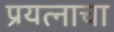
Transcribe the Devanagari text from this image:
प्रयत्‍नाचा